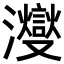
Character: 𪸂